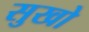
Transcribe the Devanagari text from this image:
सुखो